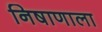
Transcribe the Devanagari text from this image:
निषाणाला